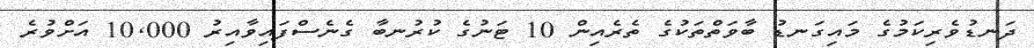
ދަނޑުވެރިކަމުގެ މައިގަނޑު ބާވަތްތަކުގެ ތެރެއިން 10 ޓަނުގެ ކުރުނބާ ގެނެސްފައިވާއިރު 10